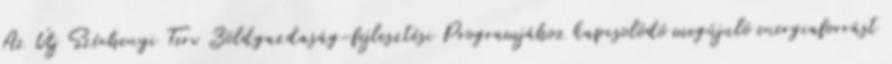
Az Új Széchenyi Terv Zöldgazdaság-fejlesztési Programjához kapcsolódó megújuló energiaforrást